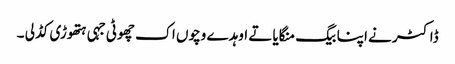
ڈاکٹر نے اپنا بیگ منگایا تے اوہد ے وچوں اک چھوٹی جہی ہتھوڑی کڈ لی ۔